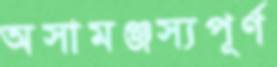
অসামঞ্জস্যপূর্ণ